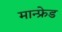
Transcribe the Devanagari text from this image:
मान्फ्रेड